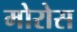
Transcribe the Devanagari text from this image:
मोरोस